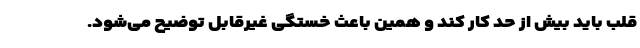
قلب باید بیش از حد کار کند و همین باعث خستگی غیرقابل توضیح می‌شود.